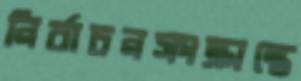
নির্বাচনসংক্রান্তে